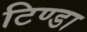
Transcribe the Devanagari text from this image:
टिण्डा